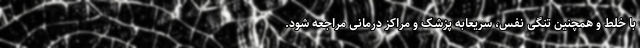
با خلط و همچنین تنگی نفس، سریعابه پزشک و مراکز درمانی مراجعه شود.